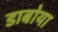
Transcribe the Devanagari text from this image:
डाबोया